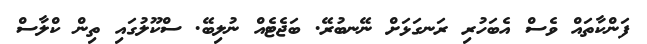
ފަންކާތައް ވެސް އެބަހުރި ރަނގަޅަށް ނޭނބުރޭ. ބަޖެޓެއް ނުލިބޭ. ސްކޫލުގައި ތިން ކްލާސް